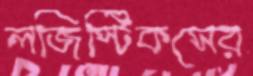
লজিস্টিকসের